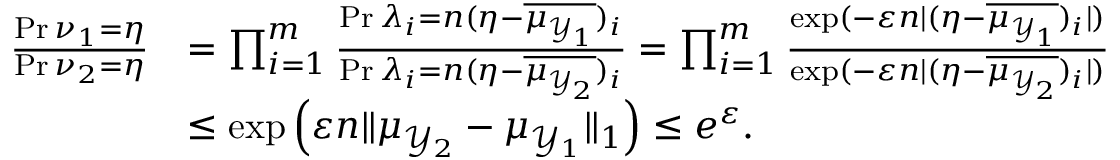
\begin{array} { r l } { \frac { \operatorname* { P r } { \nu _ { 1 } = \eta } } { \operatorname* { P r } { \nu _ { 2 } = \eta } } } & { = \prod _ { i = 1 } ^ { m } \frac { \operatorname* { P r } { \lambda _ { i } = n ( \eta - \overline { { \mu _ { \mathcal { Y } _ { 1 } } } } ) _ { i } } } { \operatorname* { P r } { \lambda _ { i } = n ( \eta - \overline { { \mu _ { \mathcal { Y } _ { 2 } } } } ) _ { i } } } = \prod _ { i = 1 } ^ { m } \frac { \exp ( - \varepsilon n | ( \eta - \overline { { \mu _ { \mathcal { Y } _ { 1 } } } } ) _ { i } | ) } { \exp ( - \varepsilon n | ( \eta - \overline { { \mu _ { \mathcal { Y } _ { 2 } } } } ) _ { i } | ) } } \\ & { \leq \exp \left( \varepsilon n \| { \mu _ { \mathcal { Y } _ { 2 } } } - { \mu _ { \mathcal { Y } _ { 1 } } } \| _ { 1 } \right) \leq e ^ { \varepsilon } . } \end{array}